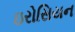
ઇરોસિયન